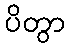
ပိတွာ